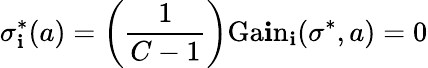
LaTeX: \sigma_{\mathbf{i}}^{*}(a)=\left({\frac{{1}}{{C-1}}}\right){\mathrm{{Ga\mathbf{i}n}}}_{\mathbf{i}}(\sigma^{*},a)=0